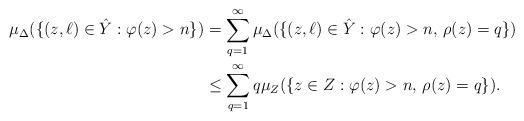
LaTeX: \begin{align*}\mu_\Delta(\{(z,\ell)\in \hat Y:\varphi(z)>n\}) & =\sum_{q=1}^\infty\mu_\Delta(\{(z,\ell)\in \hat Y:\varphi(z)>n,\,\rho(z)=q\}) \\& \le \sum_{q=1}^\infty q\mu_Z(\{z\in Z:\varphi(z)>n,\,\rho(z)=q\}).\end{align*}